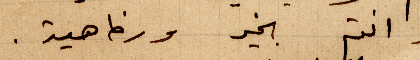
وانتم بخير ورفاهية